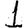
Digit: 1